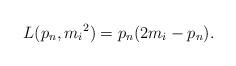
LaTeX: \begin{align*} L(p_n, {m_i}^2) &=p_n(2m_i-p_n). \end{align*}